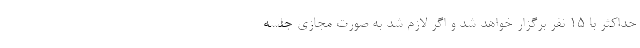
حداکثر با ۱۵ نفر برگزار خواهد شد و اگر لازم شد به صورت مجازی جلسه